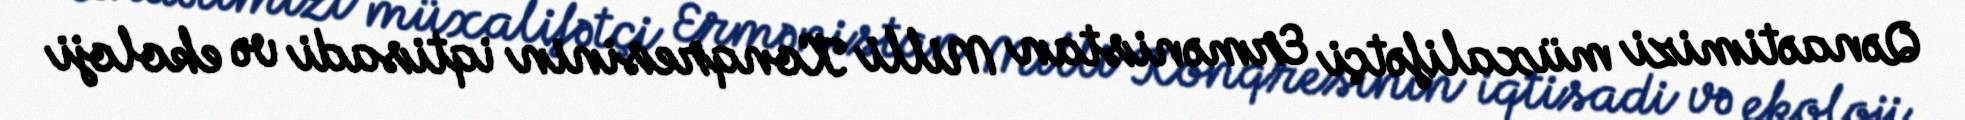
Qənaətimizi müxalifətçi Ermənistan Milli Konqresinin iqtisadi və ekoloji